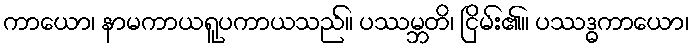
ကာယော၊ နာမကာယရူပကာယသည်။ ပဿမ္ဘတိ၊ ငြိမ်း၏။ ပဿဒ္ဓကာယော၊